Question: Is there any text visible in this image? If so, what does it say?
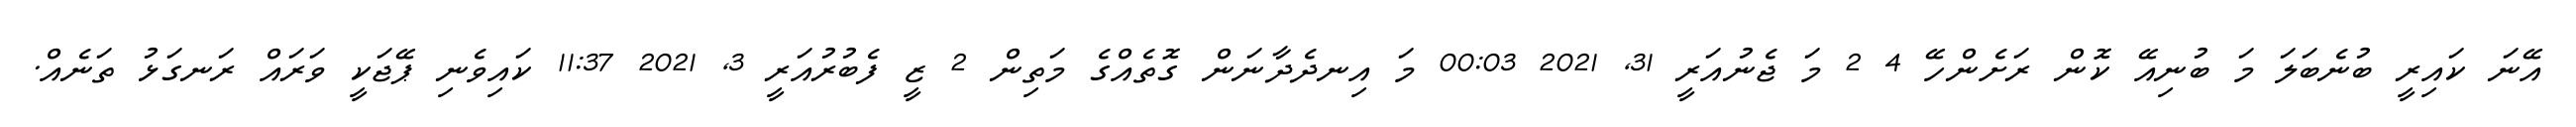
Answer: އޭނަ ކައިރީ ބުނެބަލަ މަ ބުނިއޭ ކޮން ރަށެންހޭ 4 2 މަ ޖެނުއަރީ 31, 2021 00:03 މަ އިނދެދާނަން ގޮތެއްގެ މަތިން 2 ޒީ ފެބުރުއަރީ 3, 2021 11:37 ކައިވެނި ޕޭޖަކީ ވަރައް ރަނގަޅު ތަނެއް.